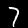
Digit: 7